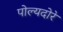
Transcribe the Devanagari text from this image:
पोल्यदोरे